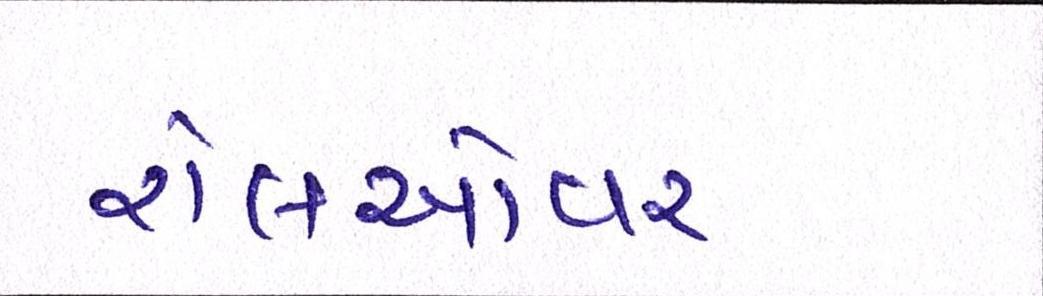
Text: રોલઓવર